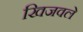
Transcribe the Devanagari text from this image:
खिजवले